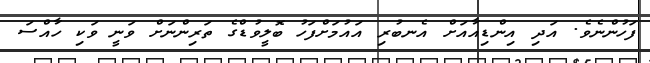
ފަހުންނެވެ. އަދި އިންޑިއާއަށް އެނބުރި އައުމަށްފަހު ބޮލީވުޑްގެ ތަރިންނަށް ވަނީ ވަކި ހާއްސަ